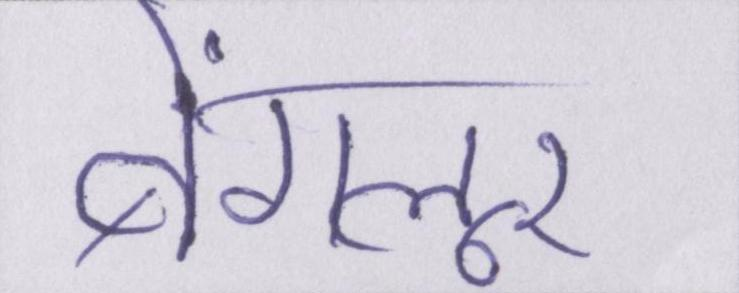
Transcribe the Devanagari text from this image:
बेंगलूर